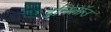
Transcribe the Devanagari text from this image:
इमिलॉउ